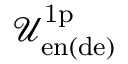
\mathcal { U } _ { \mathrm { e n ( d e ) } } ^ { \mathrm { 1 p } }